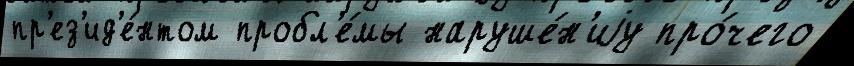
пр'ез'ид'е́нтом пробл'е́мы наруше́н'иjу про́чего